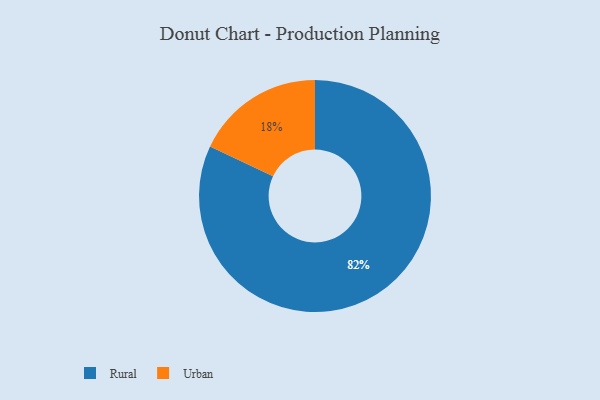
{"axis": {"x": "Category", "y": "Percentage"}, "legend": ["Rural", "Urban"], "data": [{"x": "Rural", "y": 82, "type": "Rural"}, {"x": "Urban", "y": 18, "type": "Urban"}]}